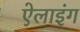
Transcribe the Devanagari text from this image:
ऐलाइंग